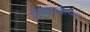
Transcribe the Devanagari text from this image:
वेतनवाढीच्या